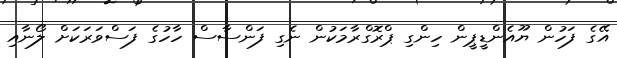
އޭގެ ފަހުން ޔޫއެންޑީޕީން ހިންގި ޕްރޮގްރާމަކުން ނެގި ފަންސާސް ހާހުގެ ފަސްވަރަކަށް ލޯނާއި